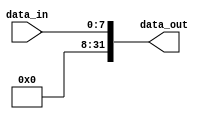
module Ext8(
    input [7:0] data_in,       
    output [31:0] data_out
    );
    assign data_out = {24'b0,data_in};
endmodule